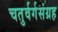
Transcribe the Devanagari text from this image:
चतुर्वर्गसंग्रह